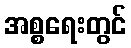
အစ္စရေးတွင်